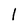
Character: 1